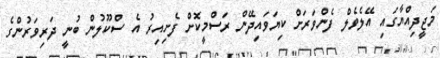
މަޖީދިއްޔާގައި އޭލެވެލް ފެންވަރަށް ކިޔަވައިދޭން ރަސްމީކޮށް ފެށިއިރު އެ ސްކޫލުން ބުނީ ދަރިވަރުންގެ